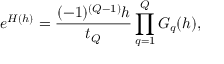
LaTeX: e ^ { H ( h ) } = { \frac { ( - 1 ) ^ { ( Q - 1 ) } h } { t _ { Q } } } \prod _ { q = 1 } ^ { Q } G _ { q } ( h ) ,